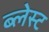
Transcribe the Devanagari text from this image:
ब्लेस्ट